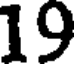
19